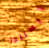
أيسلندا